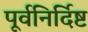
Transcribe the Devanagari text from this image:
पूर्वनिर्दिष्ट